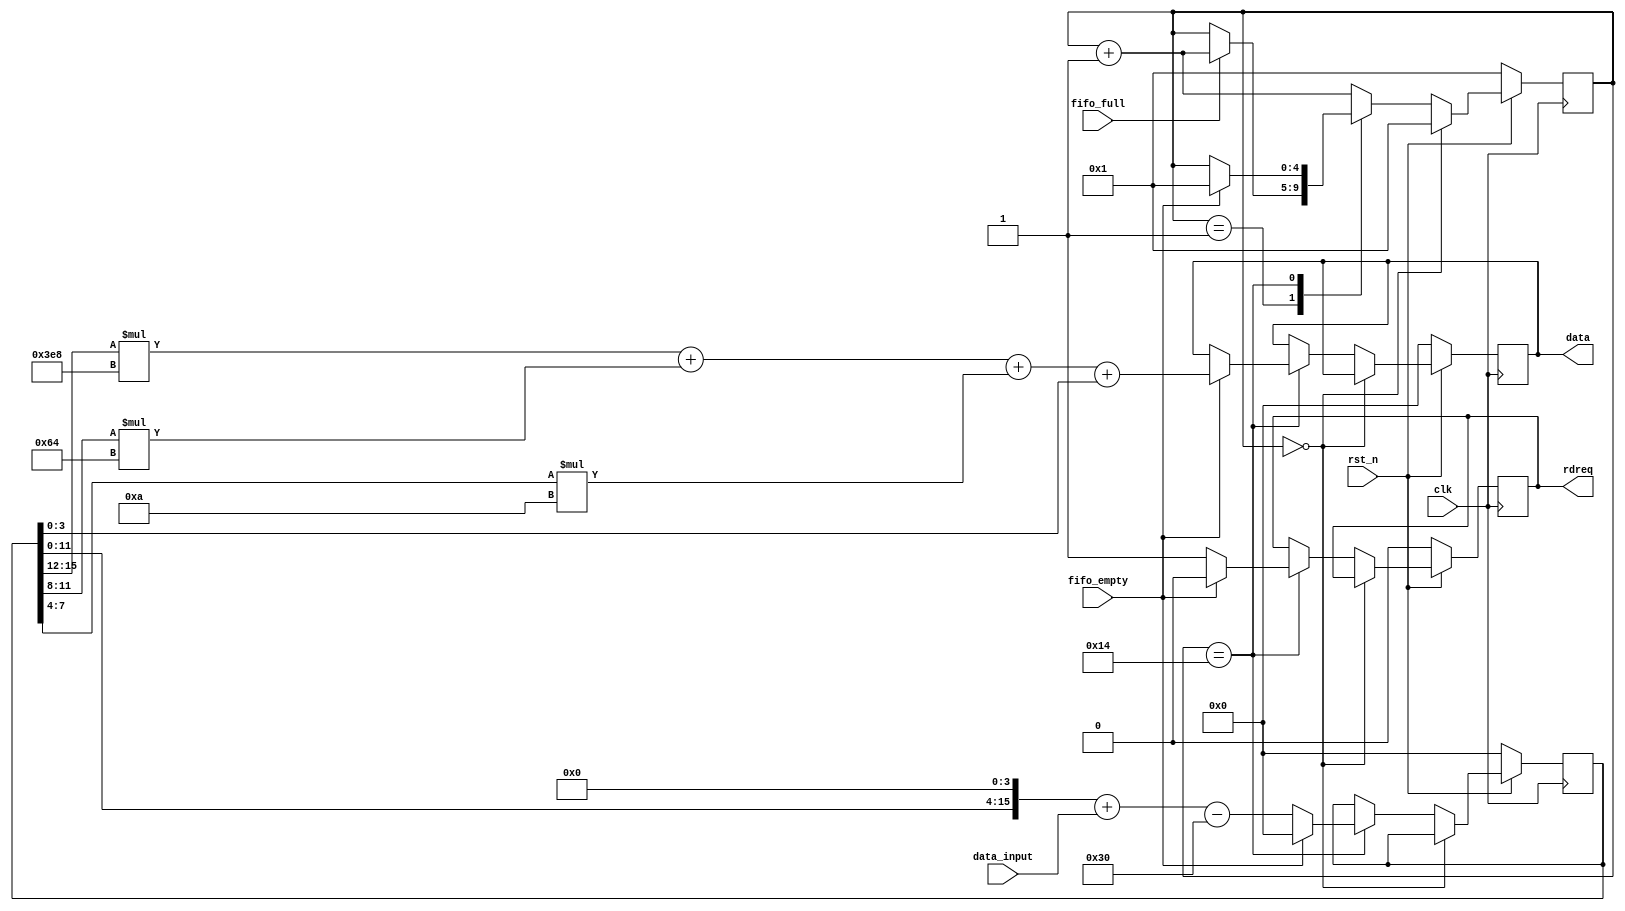
module order_handle
(
	input fifo_full,
	input fifo_empty,
	input clk,
	input rst_n,
	input [7:0] data_input,
	output reg [15:0] data,
	output reg rdreq
);

reg [15:0] data_buff;

reg [4:0] state;

always@(posedge clk)
begin 
	if(!rst_n)
	begin
		data_buff<=16'b0;
		data<=16'b0;
		state<=5'd1;
		rdreq<=1'b0;
	end
	else if(!state)
	begin
		state<=5'd1;
	end
	else
		case (state)
		1:
		begin
			if(fifo_full)
			begin
				state<=state+1'b1;
			end
		end
		20:
		begin
			if(fifo_empty)
			begin
				
				data<=data_buff[15:12]*1000+data_buff[11:8]*100+data_buff[7:4]*10+data_buff[3:0];
				data_buff<=16'd0;
				state<=5'b1;
				rdreq<=1'b0;
			end
			else
			begin
				rdreq<=1'b1;
				data_buff<=(data_buff<<4)+data_input-8'h30;
			end
		end
		default:
			state<=state+1'b1;
		endcase
end

endmodule